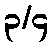
၃/၄